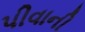
પીવાની